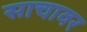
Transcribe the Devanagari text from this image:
साचावर